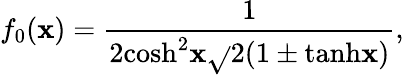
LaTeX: f_{0}(\mathbf{x})=\frac{{1}}{{2\mathrm{{cosh}}^{2}\mathbf{x}\sqrt{}{{2(1\pm\mathrm{{tanh}}\mathbf{x})}}}},